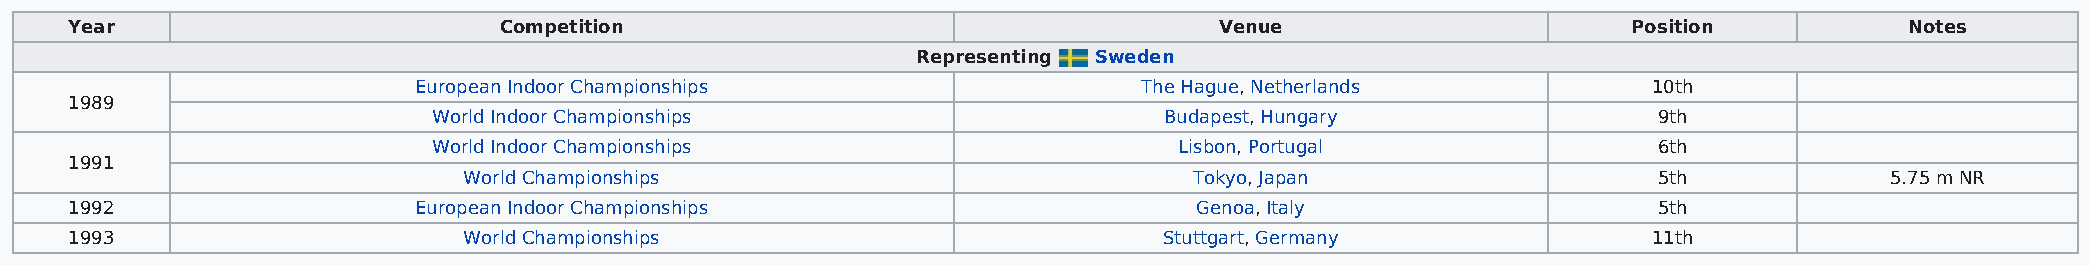
Year                        Competition                                     Venue                      Position          Notes
 Representing Sweden
 European Indoor Championships                    The Hague, Netherlands           10th
 1989
 World Indoor Championships                      Budapest, Hungary                9th
 World Indoor Championships                       Lisbon, Portugal                6th
 1991
 World Championships                             Tokyo, Japan                   5th            5.75 m NR
 1992                  European Indoor Championships                       Genoa, Italy                   5th
 1993                      World Championships                           Stuttgart, Germany              11th